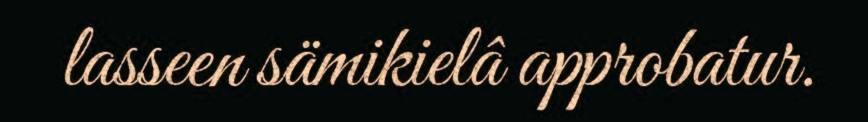
lasseen sämikielâ approbatur.